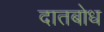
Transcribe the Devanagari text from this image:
दातबोध